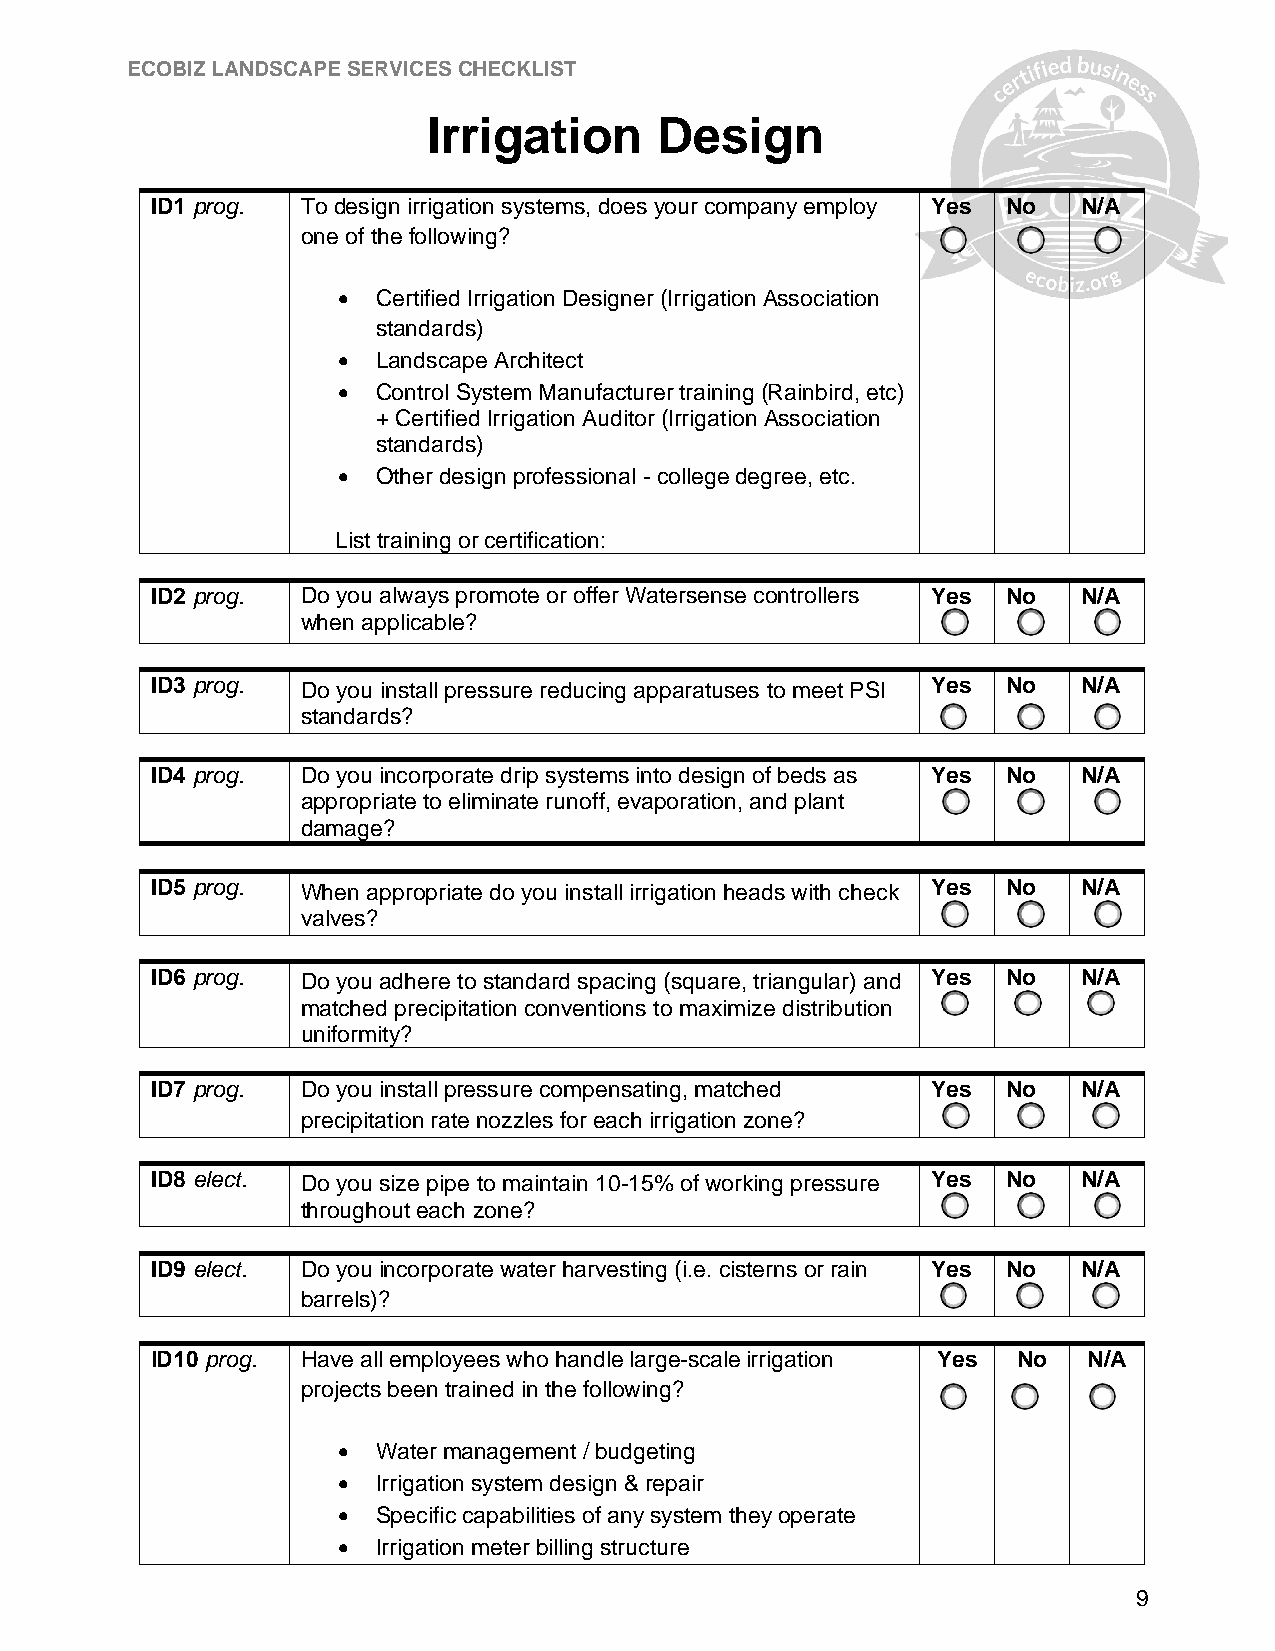
ECOBIZ LANDSCAPE SERVICES CHECKLIST
 Irrigation      Design
 ID1 prog. To design irrigation systems, does your company employ Yes No N/A
 one of the following?
   Certified Irrigation Designer (Irrigation Association
 standards)
   Landscape Architect
   Control System Manufacturer training (Rainbird, etc)
 +Certified Irrigation Auditor (Irrigation Association
 standards)
   Other design professional - college degree, etc.
 List training or certification:
 ID2 prog. Do you always promote or offer Watersense controllers Yes No N/A
 when applicable?
 ID3 prog. Do you install pressure reducing apparatuses to meet PSI Yes No N/A
 standards?
 ID4 prog. Do you incorporate drip systems into design of beds as Yes No N/A
 appropriate to eliminate runoff, evaporation, and plant
 damage?
 ID5 prog. When appropriate do you install irrigation heads with check Yes No N/A
 valves?
 ID6 prog. Do you adhere to standard spacing (square, triangular) and Yes No N/A
 matched precipitation conventions to maximize distribution
 uniformity?
 ID7 prog. Do you install pressure compensating, matched Yes No N/A
 precipitation rate nozzles for each irrigation zone?
 ID8 elect. Do you size pipe to maintain 10-15% of working pressure Yes No N/A
 throughout each zone?
 ID9 elect. Do you incorporate water harvesting (i.e. cisterns or rain Yes No N/A
 barrels)?
 ID10 prog. Have all employees who handle large-scale irrigation Yes No N/A
 projects been trained in the following?
   Water management / budgeting
   Irrigation system design & repair
   Specific capabilities of any system they operate
   Irrigation meter billing structure
 9